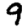
Digit: 9